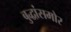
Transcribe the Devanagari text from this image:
बुद्धांसमोर